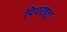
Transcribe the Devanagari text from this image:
पिपरहटा